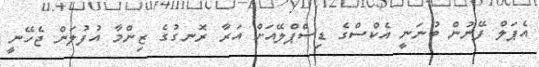
އެޕަލް ފޭނުން ބުނަނީ އެކްސްގެ ޑިސްޕްލޭއަށް އަރާ ރޮނގުުގެ ޒިންމާ އުފުލަން ޖެހޭނީ